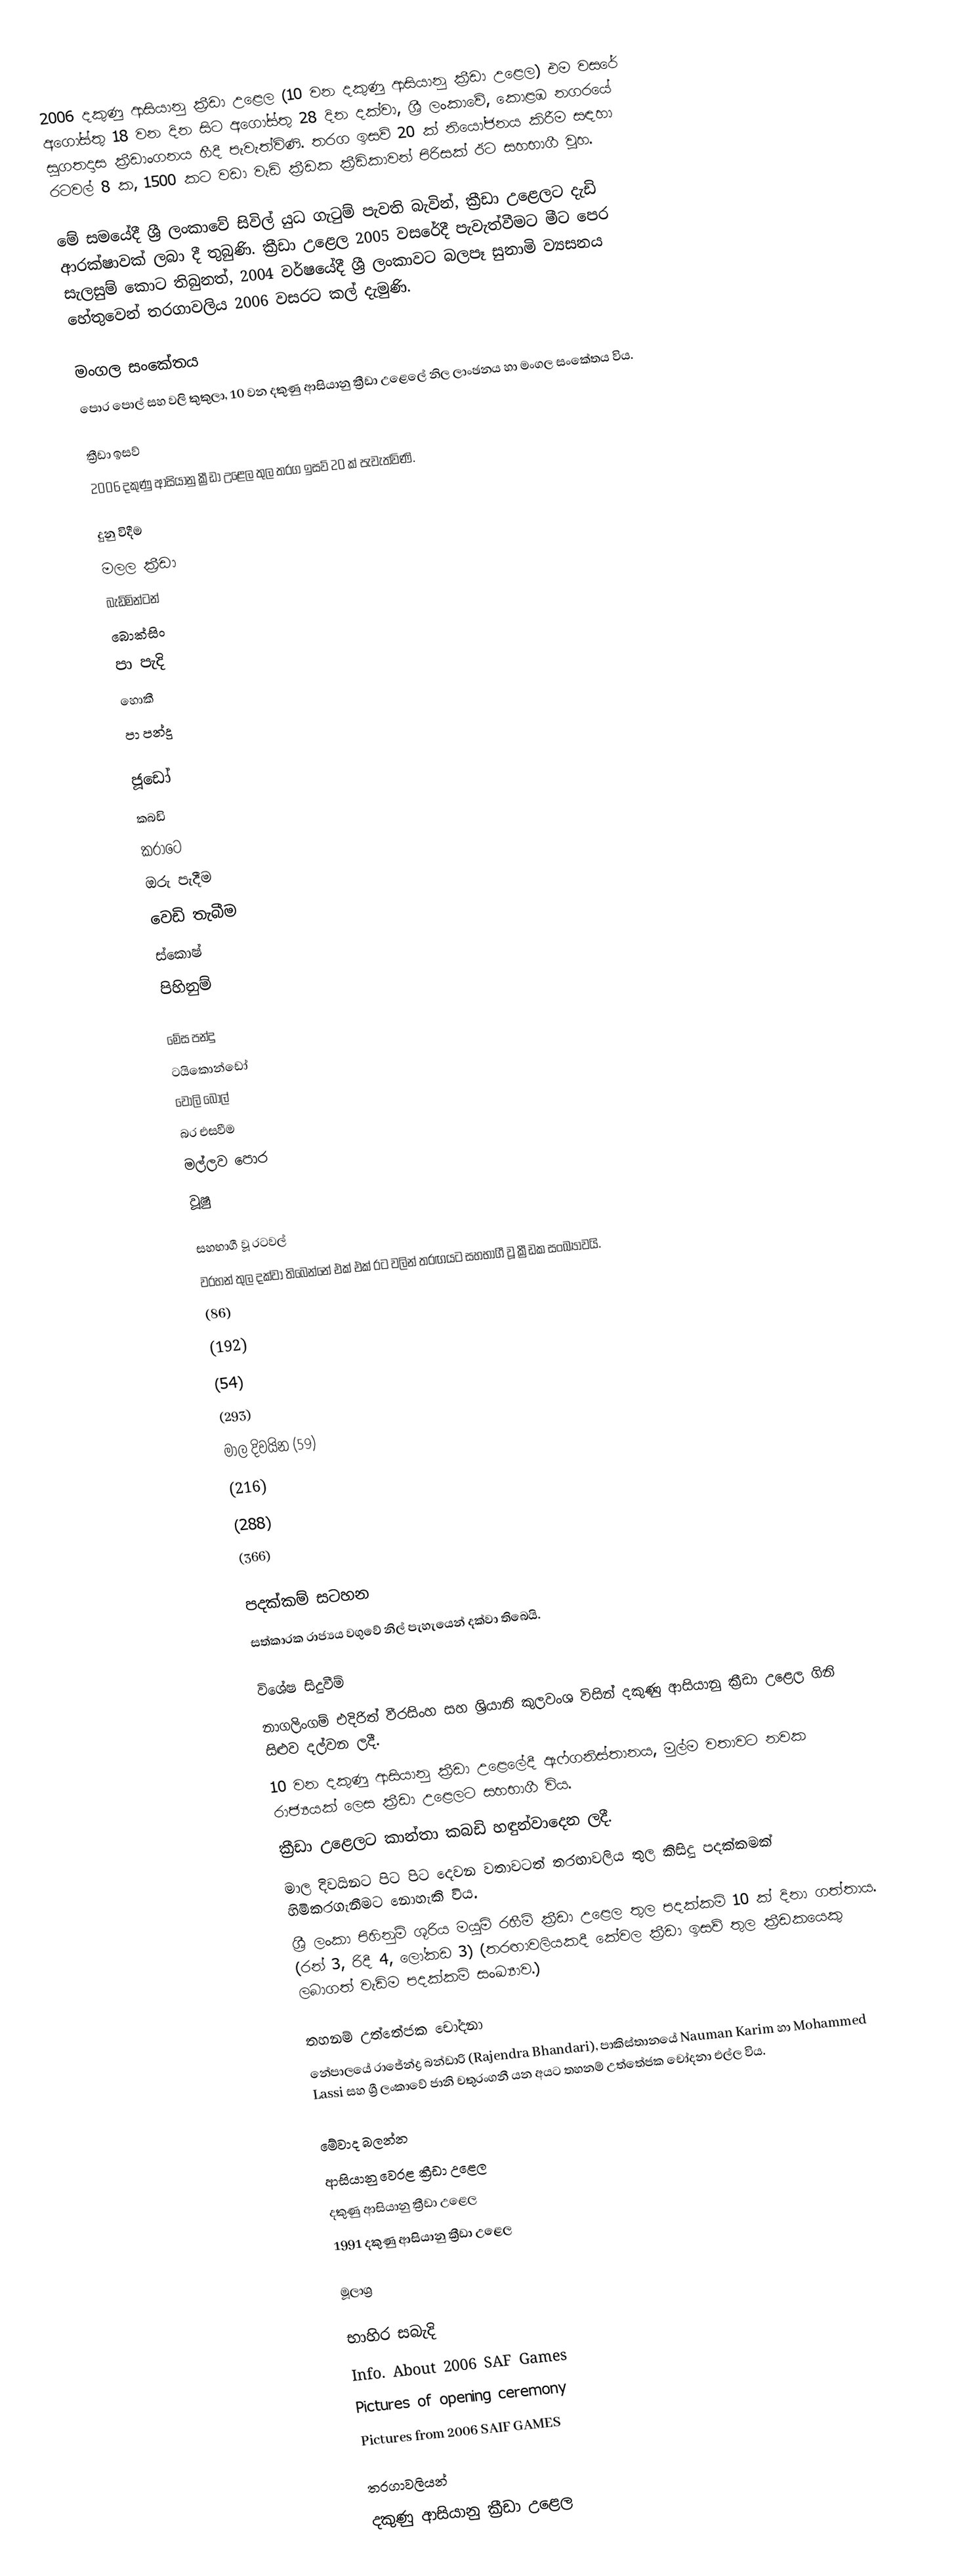
2006 දකුණු ආසියානු ක්‍රීඩා උළෙල (10 වන දකුණු ආසියානු ක්‍රීඩා උළෙල) එම වසරේ අගෝස්තු 18 වන දින සිට අගෝස්තු 28 දින දක්වා, ශ්‍රී ලංකාවේ, කොළඹ නගරයේ සුගතදාස ක්‍රීඩාංගනය හීදී පැවැත්විණි. තරග ඉසව් 20 ක් නියෝජනය කිරීම සඳහා රටවල් 8 ක, 1500 කට වඩා වැඩි ක්‍රීඩක ක්‍රීඩිකාවන් පිරිසක් ඊට සහභාගී වූහ.

මේ සමයේදී ශ්‍රී ලංකාවේ සිවිල් යුධ ගැටුම් පැවති බැවින්, ක්‍රීඩා උළෙලට දැඩි ආරක්ෂාවක් ලබා දී තුබුණි. ක්‍රීඩා උළෙල 2005 වසරේදී පැවැත්වීමට මීට පෙර සැලසුම් කොට තිබුනත්, 2004 වර්ෂයේදී ශ්‍රී ලංකාවට බලපෑ සුනාමි ව්‍යසනය හේතුවෙන් තරගාවලිය 2006 වසරට කල් දැමුණි.

මංගල සංකේතය
පොර පොල් සහ වලි කුකුලා, 10 වන දකුණු ආසියානු ක්‍රීඩා උළෙලේ නිල ලාංඡනය හා මංගල සංකේතය විය.

ක්‍රීඩා ඉසව්
2006 දකුණු ආසියානු ක්‍රීඩා උළෙල තුල තරග ඉසව් 20 ක් පැවැත්විණි.

  දුනු විදීම
  මලල ක්‍රීඩා
  බැඩ්මින්ටන්
  බොක්සිං
  පා පැදි
  හොකී
  පා පන්දු

  ජූඩෝ
  කබඩි
  කරාටෙ
  ඔරු පැදීම
  වෙඩි තැබීම
  ස්කොෂ්
  පිහිනුම්

  මේස පන්දු
  ටයිකොන්ඩෝ
  වොලි බෝල්
 බර එසවීම
  මල්ලව පොර
  වූෂු

සහභාගී වූ රටවල්
වරහන් තුල දක්වා තිබෙන්නේ එක් එක් රට වලින් තරඟයට සහභාගී වූ ක්‍රීඩක සංඛ්‍යාවයි.
 (86)
 (192)
 (54)
 (293)
 මාල දිවයින (59)
 (216)
 (288)
 (366)

පදක්කම් සටහන
සත්කාරක රාජ්‍යය වගුවේ නිල් පැහැයෙන් දක්වා තිබෙයි.

විශේෂ සිදුවීම්
නාගලිංගම් එදිරිත් වීරසිංහ සහ ශ්‍රියානි කුලවංශ විසින් දකුණු ආසියානු ක්‍රීඩා උළෙල ගිනි සිළුව දල්වන ලදී.
10 වන දකුණු ආසියානු ක්‍රීඩා උළෙලේදී ඇෆ්ගනිස්තානය, මුල්ම වතාවට නවක රාජ්‍යයක් ලෙස ක්‍රීඩා උළෙලට සහභාගී විය.
ක්‍රීඩා උළෙලට කාන්තා කබඩි හඳුන්වාදෙන ලදී.
මාල දිවයිනට පිට පිට දෙවන වතාවටත් තරඟාවලිය තුල කිසිදු පදක්කමක් හිමිකරගැනීමට නොහැකි විය.
ශ්‍රී ලංකා පිහිනුම් ශූරිය මයුමි රහීම් ක්‍රීඩා උළෙල තුල පදක්කම් 10 ක් දිනා ගත්තාය. (රන් 3, රිදී 4, ලෝකඩ 3) (තරඟාවලියකදී කේවල ක්‍රීඩා ඉසව් තුල ක්‍රීඩකයෙකු ලබාගත් වැඩිම පදක්කම් සංඛ්‍යාව.)

තහනම් උත්තේජක චෝදනා
නේපාලයේ රාජේන්ද්‍ර බන්ඩාරි (Rajendra Bhandari), පාකිස්තානයේ Nauman Karim හා Mohammed Lassi සහ ශ්‍රී ලංකාවේ ජානි චතුරංගනී යන අයට තහනම් උත්තේජක චෝදනා එල්ල විය.

මේවාද බලන්න
ආසියානු වෙරළ ක්‍රීඩා උළෙල
දකුණු ආසියානු ක්‍රීඩා උළෙල
1991 දකුණු ආසියානු ක්‍රීඩා උළෙල

මූලාශ්‍ර

භාහිර සබැදි
Info. About 2006 SAF Games
Pictures of opening ceremony
Pictures from 2006 SAIF GAMES

තරගාවලියන්
දකුණු ආසියානු ක්‍රීඩා උළෙල